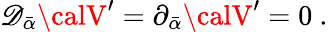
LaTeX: {\cal\mathscr{D}}_{\bar{{\alpha}}}{\calV}^{\prime}=\partial_{\bar{{\alpha}}}{\calV}^{\prime}=0\ .